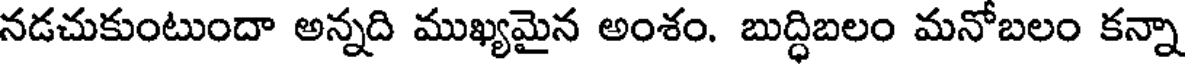
నడచుకుంటుందా అన్నది ముఖ్యమైన అంశం. బుద్ధిబలం మనోబలం కన్నా